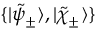
\{ | \tilde { \psi } _ { \pm } \rangle , | \tilde { \chi } _ { \pm } \rangle \}